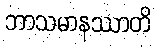
ဘာသမာနဿာတိ